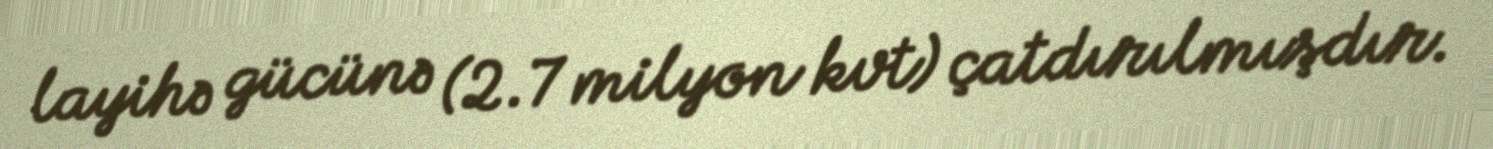
layihə gücünə (2.7 milyon kvt) çatdırılmışdır.